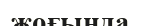
жоғында